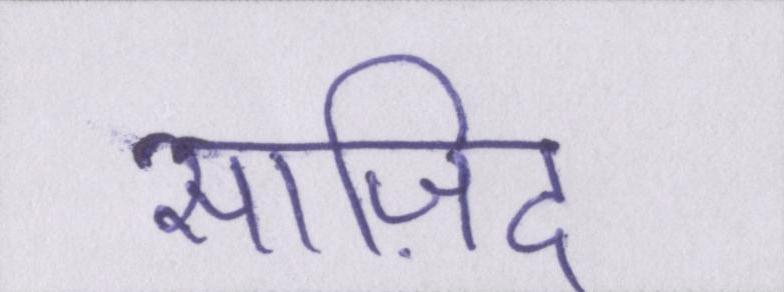
साज़िद